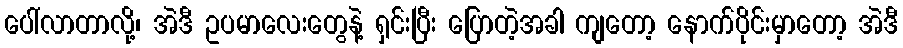
ပေါ်လာတာလို့၊ အဲဒီ ဥပမာလေးတွေနဲ့ ရှင်းပြီး ပြောတဲ့အခါ ကျတော့ နောက်ပိုင်းမှာတော့ အဲဒီ